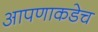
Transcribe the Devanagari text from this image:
आपणाकडेच